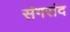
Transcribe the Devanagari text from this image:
संगरांद